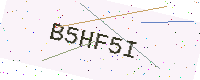
Text: B5HF5I